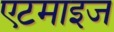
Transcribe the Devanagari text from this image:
एटमाइज